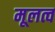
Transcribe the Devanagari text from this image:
मूलत्व